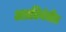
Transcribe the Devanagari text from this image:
अप्रतिबंधीत